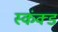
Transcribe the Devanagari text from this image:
स्कंक्ड